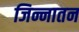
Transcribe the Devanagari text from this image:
जिन्नातन